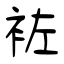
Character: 袏